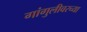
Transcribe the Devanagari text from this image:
गांगुलीवरच्या